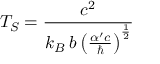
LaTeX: T _ { S } = \frac { c ^ { 2 } } { k _ { B } \: b \left( \frac { \alpha ^ { \prime } c } { \hbar } \right) ^ { \frac { 1 } { 2 } } }